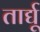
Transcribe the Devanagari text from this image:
तार्द्यू